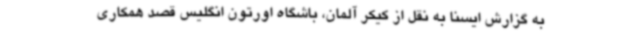
به گزارش ایسنا به نقل از کیکر آلمان، باشگاه اورتون انگلیس قصد همکاری